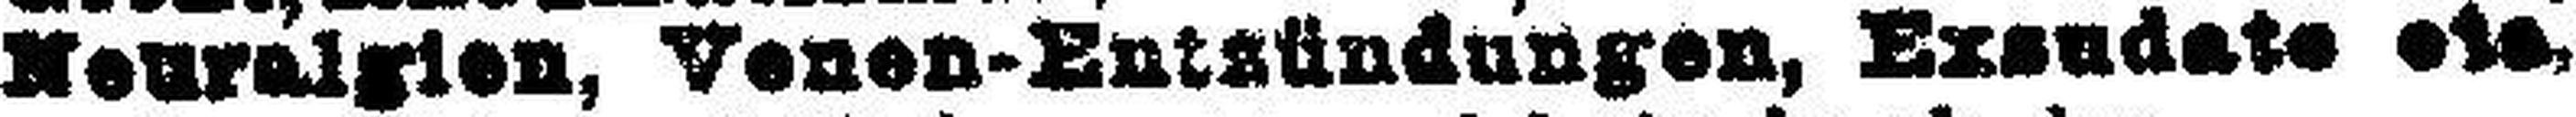
Neuralgien, Venen-Entsündungen, Exsudate etc,